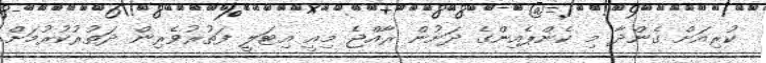
ކުރިއަށް ގެންދާ މި ކެންޕެއިންގެ ދަށުން ރާއްޖެ މިއީ އިޓަލީ ފަތުރުވެރިން ދަތުރުކުރުމަށް